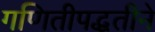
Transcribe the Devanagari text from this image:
गणितीपद्धतीने